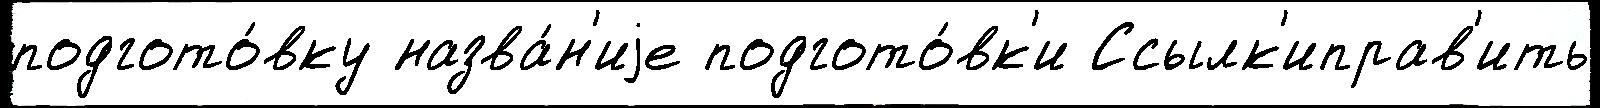
подгото́вку назва́н'иjе подгото́вк'и Ссылк'иправ'ить